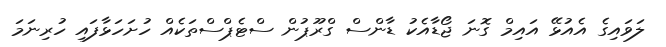
ލަވައިގެ އެއުޅޭ އައިމް ގޮނަ ޖޯޑާއެކު ޑާންސް ގްރޫޕުން ސްޓެޕްސްތަކެއް ހުށަހަޅާފައި ހުރިނަމަ